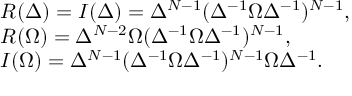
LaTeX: \begin{array} { l } { { R ( \Delta ) = I ( \Delta ) = \Delta ^ { N - 1 } ( \Delta ^ { - 1 } \Omega \Delta ^ { - 1 } ) ^ { N - 1 } , } } \\ { { R ( \Omega ) = \Delta ^ { N - 2 } \Omega ( \Delta ^ { - 1 } \Omega \Delta ^ { - 1 } ) ^ { N - 1 } , } } \\ { { I ( \Omega ) = \Delta ^ { N - 1 } ( \Delta ^ { - 1 } \Omega \Delta ^ { - 1 } ) ^ { N - 1 } \Omega \Delta ^ { - 1 } . } } \end{array}